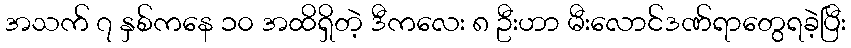
အသက် ၇ နှစ်ကနေ ၁၀ အထိရှိတဲ့ ဒီကလေး ၈ ဦးဟာ မီးလောင်ဒဏ်ရာတွေရခဲ့ပြီး